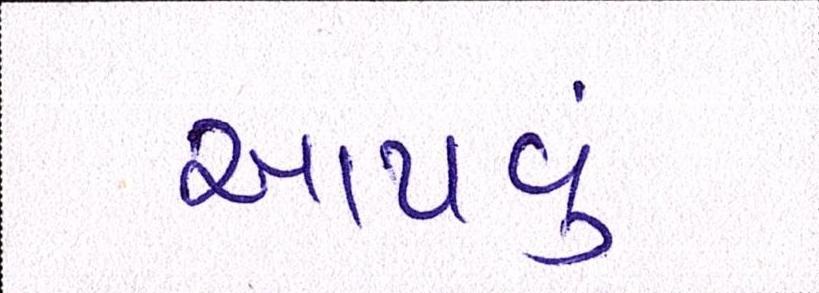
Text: આપવું